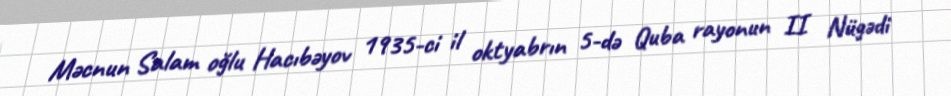
Məcnun Salam oğlu Hacıbəyov 1935-ci il oktyabrın 5-də Quba rayonun II Nügədi